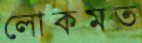
লোকমত